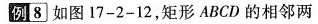
例|8 如图17-2-12，矩形ABCD的相邻两